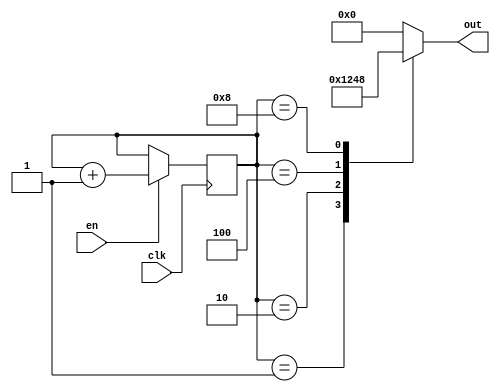
module RingCounterWithEnable (
    input wire clk,
    input wire en,
    output reg [3:0] out
);

reg [3:0] counter;

always @(posedge clk) begin
    if (en) begin
        counter <= counter + 1;
    end
end

always @(*) begin
    case(counter)
        4'b0001: out <= 1; // Output pulse on line 1
        4'b0010: out <= 2; // Output pulse on line 2
        4'b0100: out <= 4; // Output pulse on line 3
        4'b1000: out <= 8; // Output pulse on line 4
        default: out <= 0;
    endcase
end

endmodule